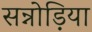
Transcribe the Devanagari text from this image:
सन्नोड़िया